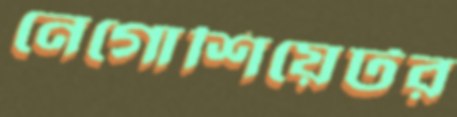
নেগোশিয়েটর